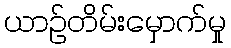
ယာဉ်တိမ်းမှောက်မှု